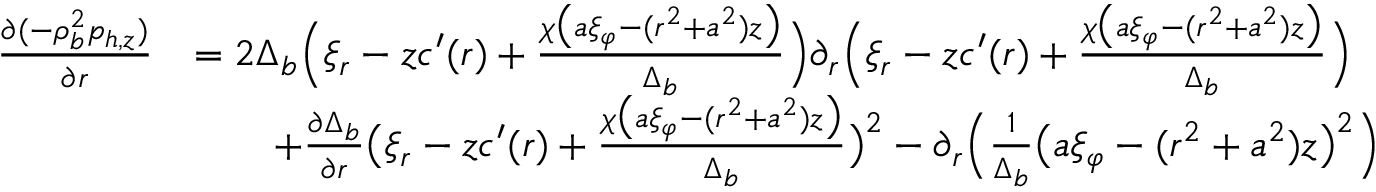
\begin{array} { r l } { \frac { \partial ( - \rho _ { b } ^ { 2 } p _ { h , z } ) } { \partial r } } & { = 2 \Delta _ { b } \Big ( \xi _ { r } - z c ^ { \prime } ( r ) + \frac { \chi \big ( a \xi _ { \varphi } - ( r ^ { 2 } + a ^ { 2 } ) z \big ) } { \Delta _ { b } } \Big ) \partial _ { r } \Big ( \xi _ { r } - z c ^ { \prime } ( r ) + \frac { \chi \big ( a \xi _ { \varphi } - ( r ^ { 2 } + a ^ { 2 } ) z \big ) } { \Delta _ { b } } \Big ) } \\ & { \qquad + \frac { \partial \Delta _ { b } } { \partial r } \big ( \xi _ { r } - z c ^ { \prime } ( r ) + \frac { \chi \big ( a \xi _ { \varphi } - ( r ^ { 2 } + a ^ { 2 } ) z \big ) } { \Delta _ { b } } \big ) ^ { 2 } - \partial _ { r } \Big ( \frac { 1 } { \Delta _ { b } } \big ( a \xi _ { \varphi } - ( r ^ { 2 } + a ^ { 2 } ) z \big ) ^ { 2 } \Big ) } \end{array}